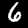
Label: 6